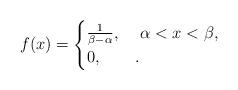
LaTeX: \begin{align*}f(x) = \begin{cases}\frac{1}{\beta-\alpha},& \,\,\alpha<x<\beta,\\0,&.\end{cases}\end{align*}